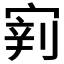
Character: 𱚎